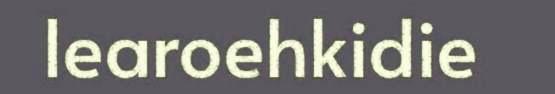
learoehkidie